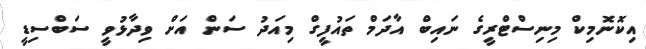
އިކޮނޮމިކް މިނިސްޓްރީގެ ނައިބް އާދަމް ތައުފީގް މިއަދު ސަން އަށް ވިދާޅުވީ ސަބްސިޑީ